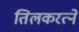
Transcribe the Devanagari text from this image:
तिलकरत्‍ने